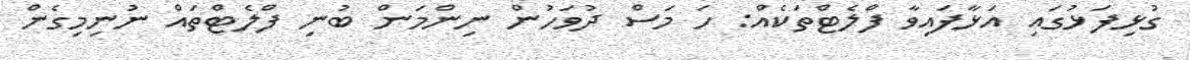
ގުޅިފަޅުގައި އަޅާފައިވާ ފްލެޓްތަކެއް: ހަ މަސް ދުވަހުން ނިންމަން ބުނި ފްލެޓްތައް ނުނިމިގެން